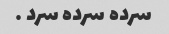
سرده سرده سرد …